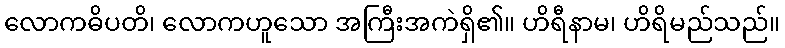
လောကဓိပတိ၊ လောကဟူသော အကြီးအကဲရှိ၏။ ဟိရီနာမ၊ ဟိရိမည်သည်။